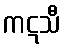
ကဋသီ